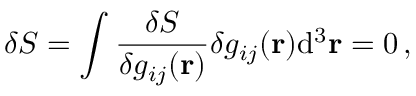
\delta S = \int { \frac { \delta S } { \delta g _ { i j } ( \mathbf { r } ) } } \delta g _ { i j } ( \mathbf { r } ) \mathrm { d } ^ { 3 } \mathbf { r } = 0 \, ,